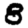
Digit: 8